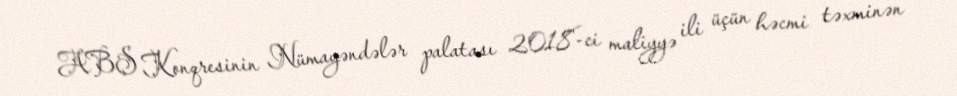
ABŞ Konqresinin Nümayəndələr palatası 2018-ci maliyyə ili üçün həcmi təxminən